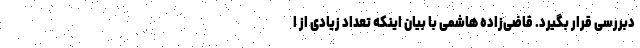
دبررسی قرار بگیرد. قاضی‌زاده هاشمی با بیان اینکه تعداد زیادی از ا